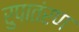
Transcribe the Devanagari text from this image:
रुपातंरण